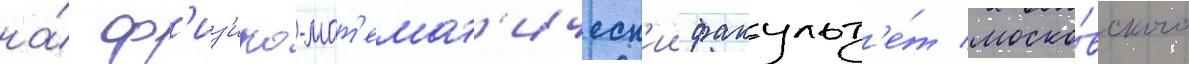
на́ ф'из'ико-мат'емат'ическ'ии факульт'е́т моско́вского